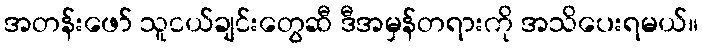
အတန်းဖော် သူငယ်ချင်းတွေဆီ ဒီအမှန်တရားကို အသိပေးရမယ်။